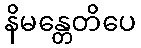
နိမန္တေတိပေ